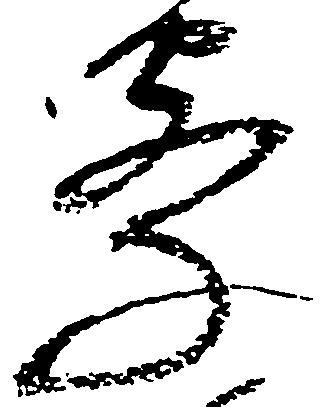
密